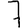
Digit: 7